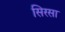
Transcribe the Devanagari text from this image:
सिरसा